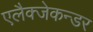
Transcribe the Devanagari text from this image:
एलैक्जेकन्डर